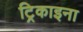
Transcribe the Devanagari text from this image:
ट्रिकाइना